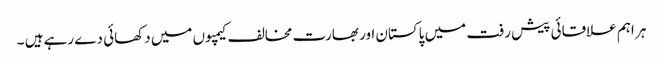
ہر اہم علاقائی پیش رفت میں پاکستان اور بھارت مخالف کیمپوں میں دکھائی دے رہے ہیں ۔